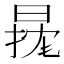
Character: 𱢓